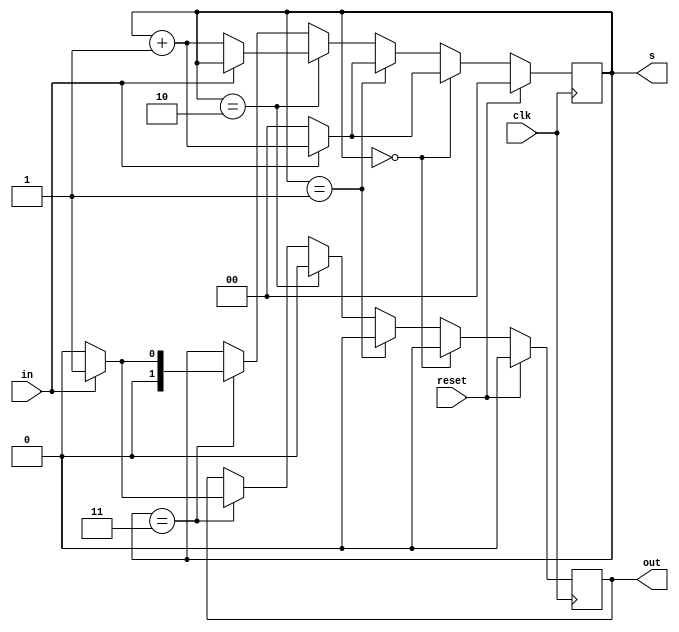
`timescale 1ns / 1ps

module Mealy(
    input in, clk, reset,
    output reg out,
    output reg [1:0]s
    );
    
initial begin
    out = 0;
    s = 2'b00;
end

always @(posedge clk) begin
    if (reset) begin
        out <= 0;
        s <= 2'b00;
    end
    else if (s == 2'b00) begin
        out <= 0;
        if (in) begin
            s <= s + 1;
        end
        else begin
            s <= 2'b00;
        end
    end
    else if (s == 2'b01) begin
        out <= 0;
        if (in) begin
            s <= s + 1;
        end
        else begin
            s <= 2'b00;
        end
    end
    else if (s == 2'b10) begin
        out <= 0;
        if (~in) begin
            s <= s + 1;
        end
    end
    else if (s == 2'b11) begin
        if (in) begin
            out <= 1;
            s <= 2'b01;
        end
        else begin
            out <= 0;
            s <= 2'b00;
        end
    end
end
    
endmodule